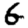
Digit: 6